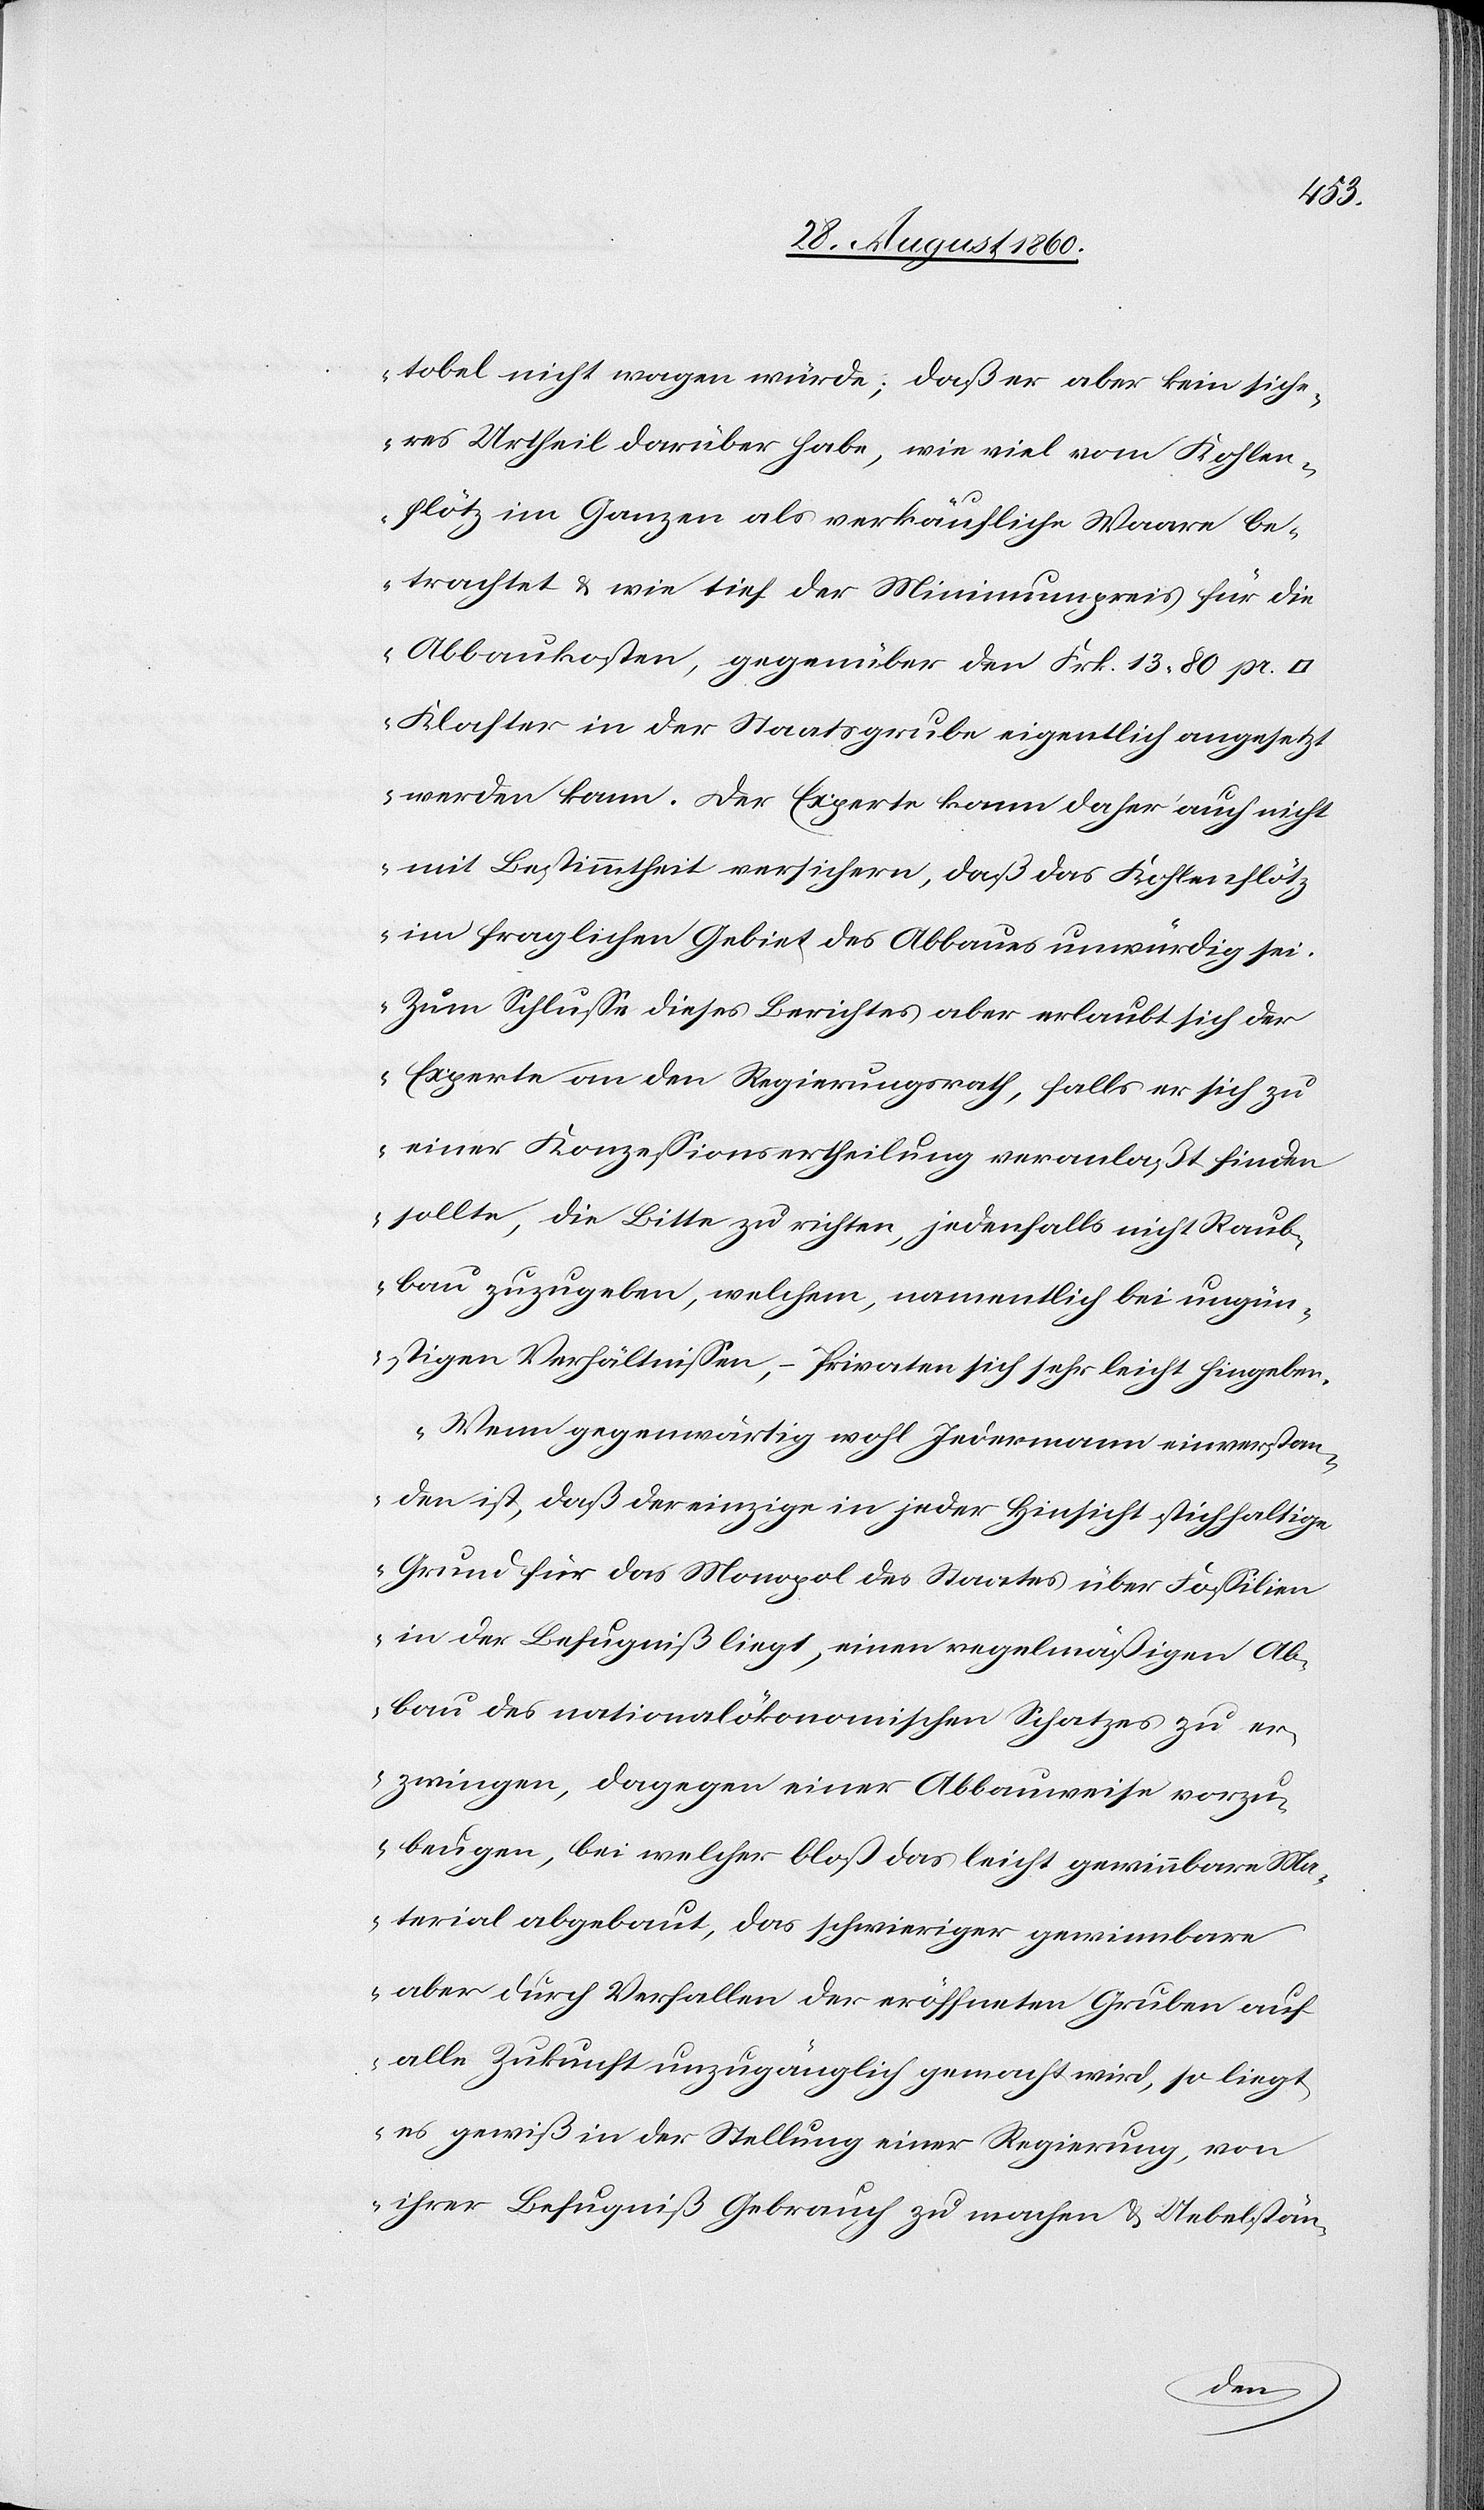
tobel nicht wagen würde; dass er aber kein siche¬
res Urtheil darüber habe, wie viel vom Kohlen¬
flötz im Ganzen als verkäufliche Waare be¬
trachtet u. wie tief der Minimum-Preis für die
Abbaukosten, gegenüber den fcs. 18.80 pr.
Klafter in der Staatsgrube eigentlich angesetzt
werden kann. Der Experte kann daher auch nicht
mit Bestimmtheit versichern, dass das Kohlenflötz
im fraglichen Gebiet des Abbaues unwürdig sei.
Zum Schlusse dieses Berichtes aber erlaubt sich der
Experte an den Regierungsrath, falls er sich zu
einer Conzessions-Ertheilung veranlasst finden
sollte, die Bitte zu richten, jedenfalls nicht Raub¬
bau zuzugeben, welchem, namentlich bei ungün¬
stigen Verhältnissen, Privaten sich sehr leicht hingeben.
Wenn gegenwärtig wohl Jedermann einverstan¬
den ist, dass der einzige in jeder Hinsicht stichhaltige
Grund für das Monopol des Staates über Fossilien
in der Befugniss liegt, einen regelmässigen Ab¬
bau des nationaloekonomischen Schatzes zu er¬
zwingen, dagegen einer Abbauweise vorzu¬
beugen, bei welcher blos das leicht gewinnbare Ma¬
terial abgebaut, das schwieriger gewinnbare
aber durch Verfallen der eröffneten Gruben auf
alle Zukunft unzugänglich gemacht wird, so liegt
es gewiss in der Stellung einer Regierung, von
ihrer Befugniss Gebrauch zu machen und Uebelstän¬
de

Aabach¬